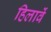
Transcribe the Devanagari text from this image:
हिलावें